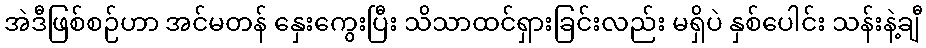
အဲဒီဖြစ်စဉ်ဟာ အင်မတန် နှေးကွေးပြီး သိသာထင်ရှားခြင်းလည်း မရှိပဲ နှစ်ပေါင်း သန်းနဲ့ချီ